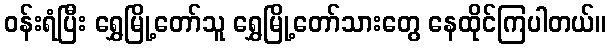
ဝန်းရံပြီး ရွှေမြို့တော်သူ ရွှေမြို့တော်သားတွေ နေထိုင်ကြပါတယ်။